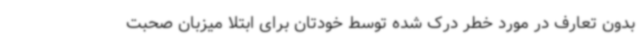
بدون تعارف در مورد خطر درک شده توسط خودتان برای ابتلا میزبان صحبت